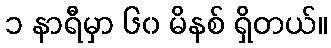
၁ နာရီမှာ ၆၀ မိနစ် ရှိတယ်။